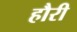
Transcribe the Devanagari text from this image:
हौरी